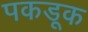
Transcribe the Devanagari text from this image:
पकडूक